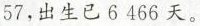
57，出生已6466天。